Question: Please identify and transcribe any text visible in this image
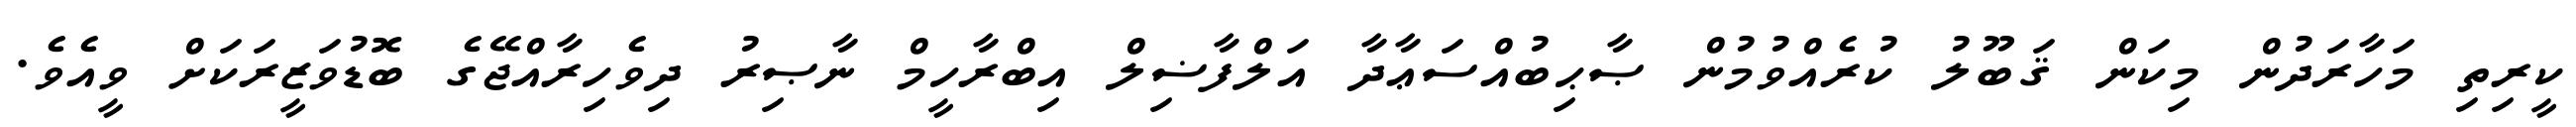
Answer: ކީރިތި މަހާރަދުން މިކަން ޤަބޫލު ކުރެއްވުމުން ޞާޙިބުއްސަޢާދާ އަލްފާޟިލް އިބްރާހީމް ނާޞިރު ދިވެހިރާއްޖޭގެ ބޮޑުވަޒީރަކަށް ވީއެވެ.